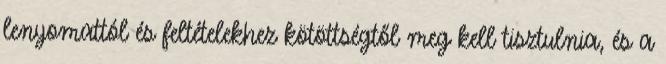
lenyomattól és feltételekhez kötöttségtől meg kell tisztulnia, és a